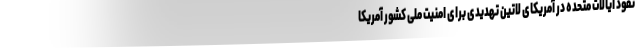
نفوذ ایالات متحده در آمریکای لاتین تهدیدی برای امنیت ملی کشور آمریکا